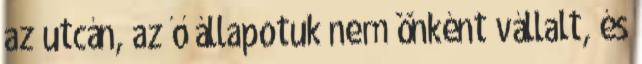
az utcán, az ő állapotuk nem önként vállalt, és